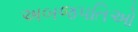
અબજપતિઓ